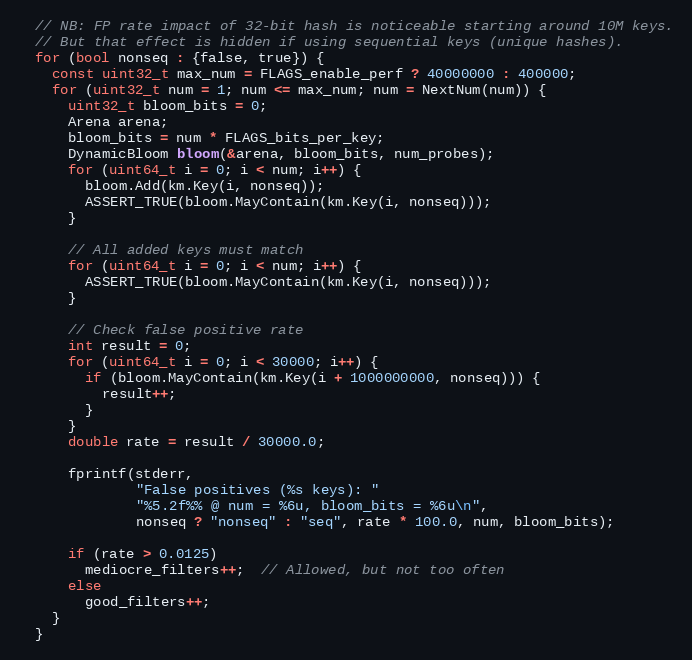
Language: C++
  // NB: FP rate impact of 32-bit hash is noticeable starting around 10M keys.
  // But that effect is hidden if using sequential keys (unique hashes).
  for (bool nonseq : {false, true}) {
    const uint32_t max_num = FLAGS_enable_perf ? 40000000 : 400000;
    for (uint32_t num = 1; num <= max_num; num = NextNum(num)) {
      uint32_t bloom_bits = 0;
      Arena arena;
      bloom_bits = num * FLAGS_bits_per_key;
      DynamicBloom bloom(&arena, bloom_bits, num_probes);
      for (uint64_t i = 0; i < num; i++) {
        bloom.Add(km.Key(i, nonseq));
        ASSERT_TRUE(bloom.MayContain(km.Key(i, nonseq)));
      }

      // All added keys must match
      for (uint64_t i = 0; i < num; i++) {
        ASSERT_TRUE(bloom.MayContain(km.Key(i, nonseq)));
      }

      // Check false positive rate
      int result = 0;
      for (uint64_t i = 0; i < 30000; i++) {
        if (bloom.MayContain(km.Key(i + 1000000000, nonseq))) {
          result++;
        }
      }
      double rate = result / 30000.0;

      fprintf(stderr,
              "False positives (%s keys): "
              "%5.2f%% @ num = %6u, bloom_bits = %6u\n",
              nonseq ? "nonseq" : "seq", rate * 100.0, num, bloom_bits);

      if (rate > 0.0125)
        mediocre_filters++;  // Allowed, but not too often
      else
        good_filters++;
    }
  }